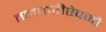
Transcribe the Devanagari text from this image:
तलवारीऐवजी